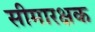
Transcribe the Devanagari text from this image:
सीमारक्षक